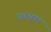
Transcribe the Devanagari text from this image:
प्रवक्षणा